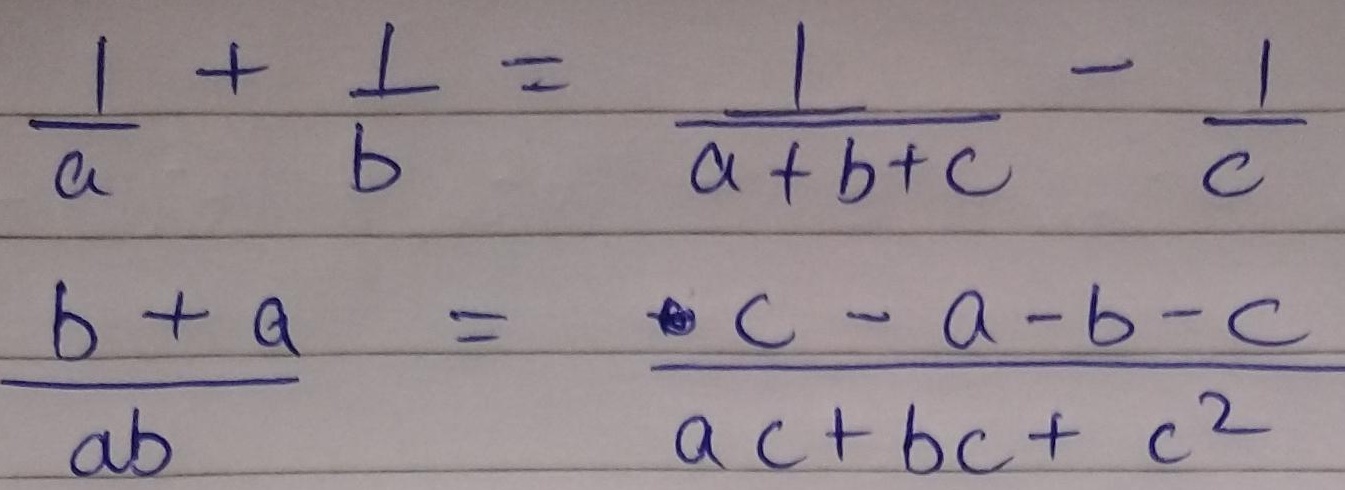
\[\begin{align*}
\frac{1}{a}+\frac{1}{b}&=\frac{1}{a + b + c}-\frac{1}{c}\\
\frac{b + a}{ab}&=\frac{c - a - b - c}{ac + bc + c^{2}}
\end{align*}\]